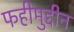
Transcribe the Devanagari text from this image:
फहीमुद्दीन